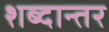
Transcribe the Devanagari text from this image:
शब्दान्तर